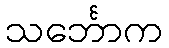
သင်္ဘောက